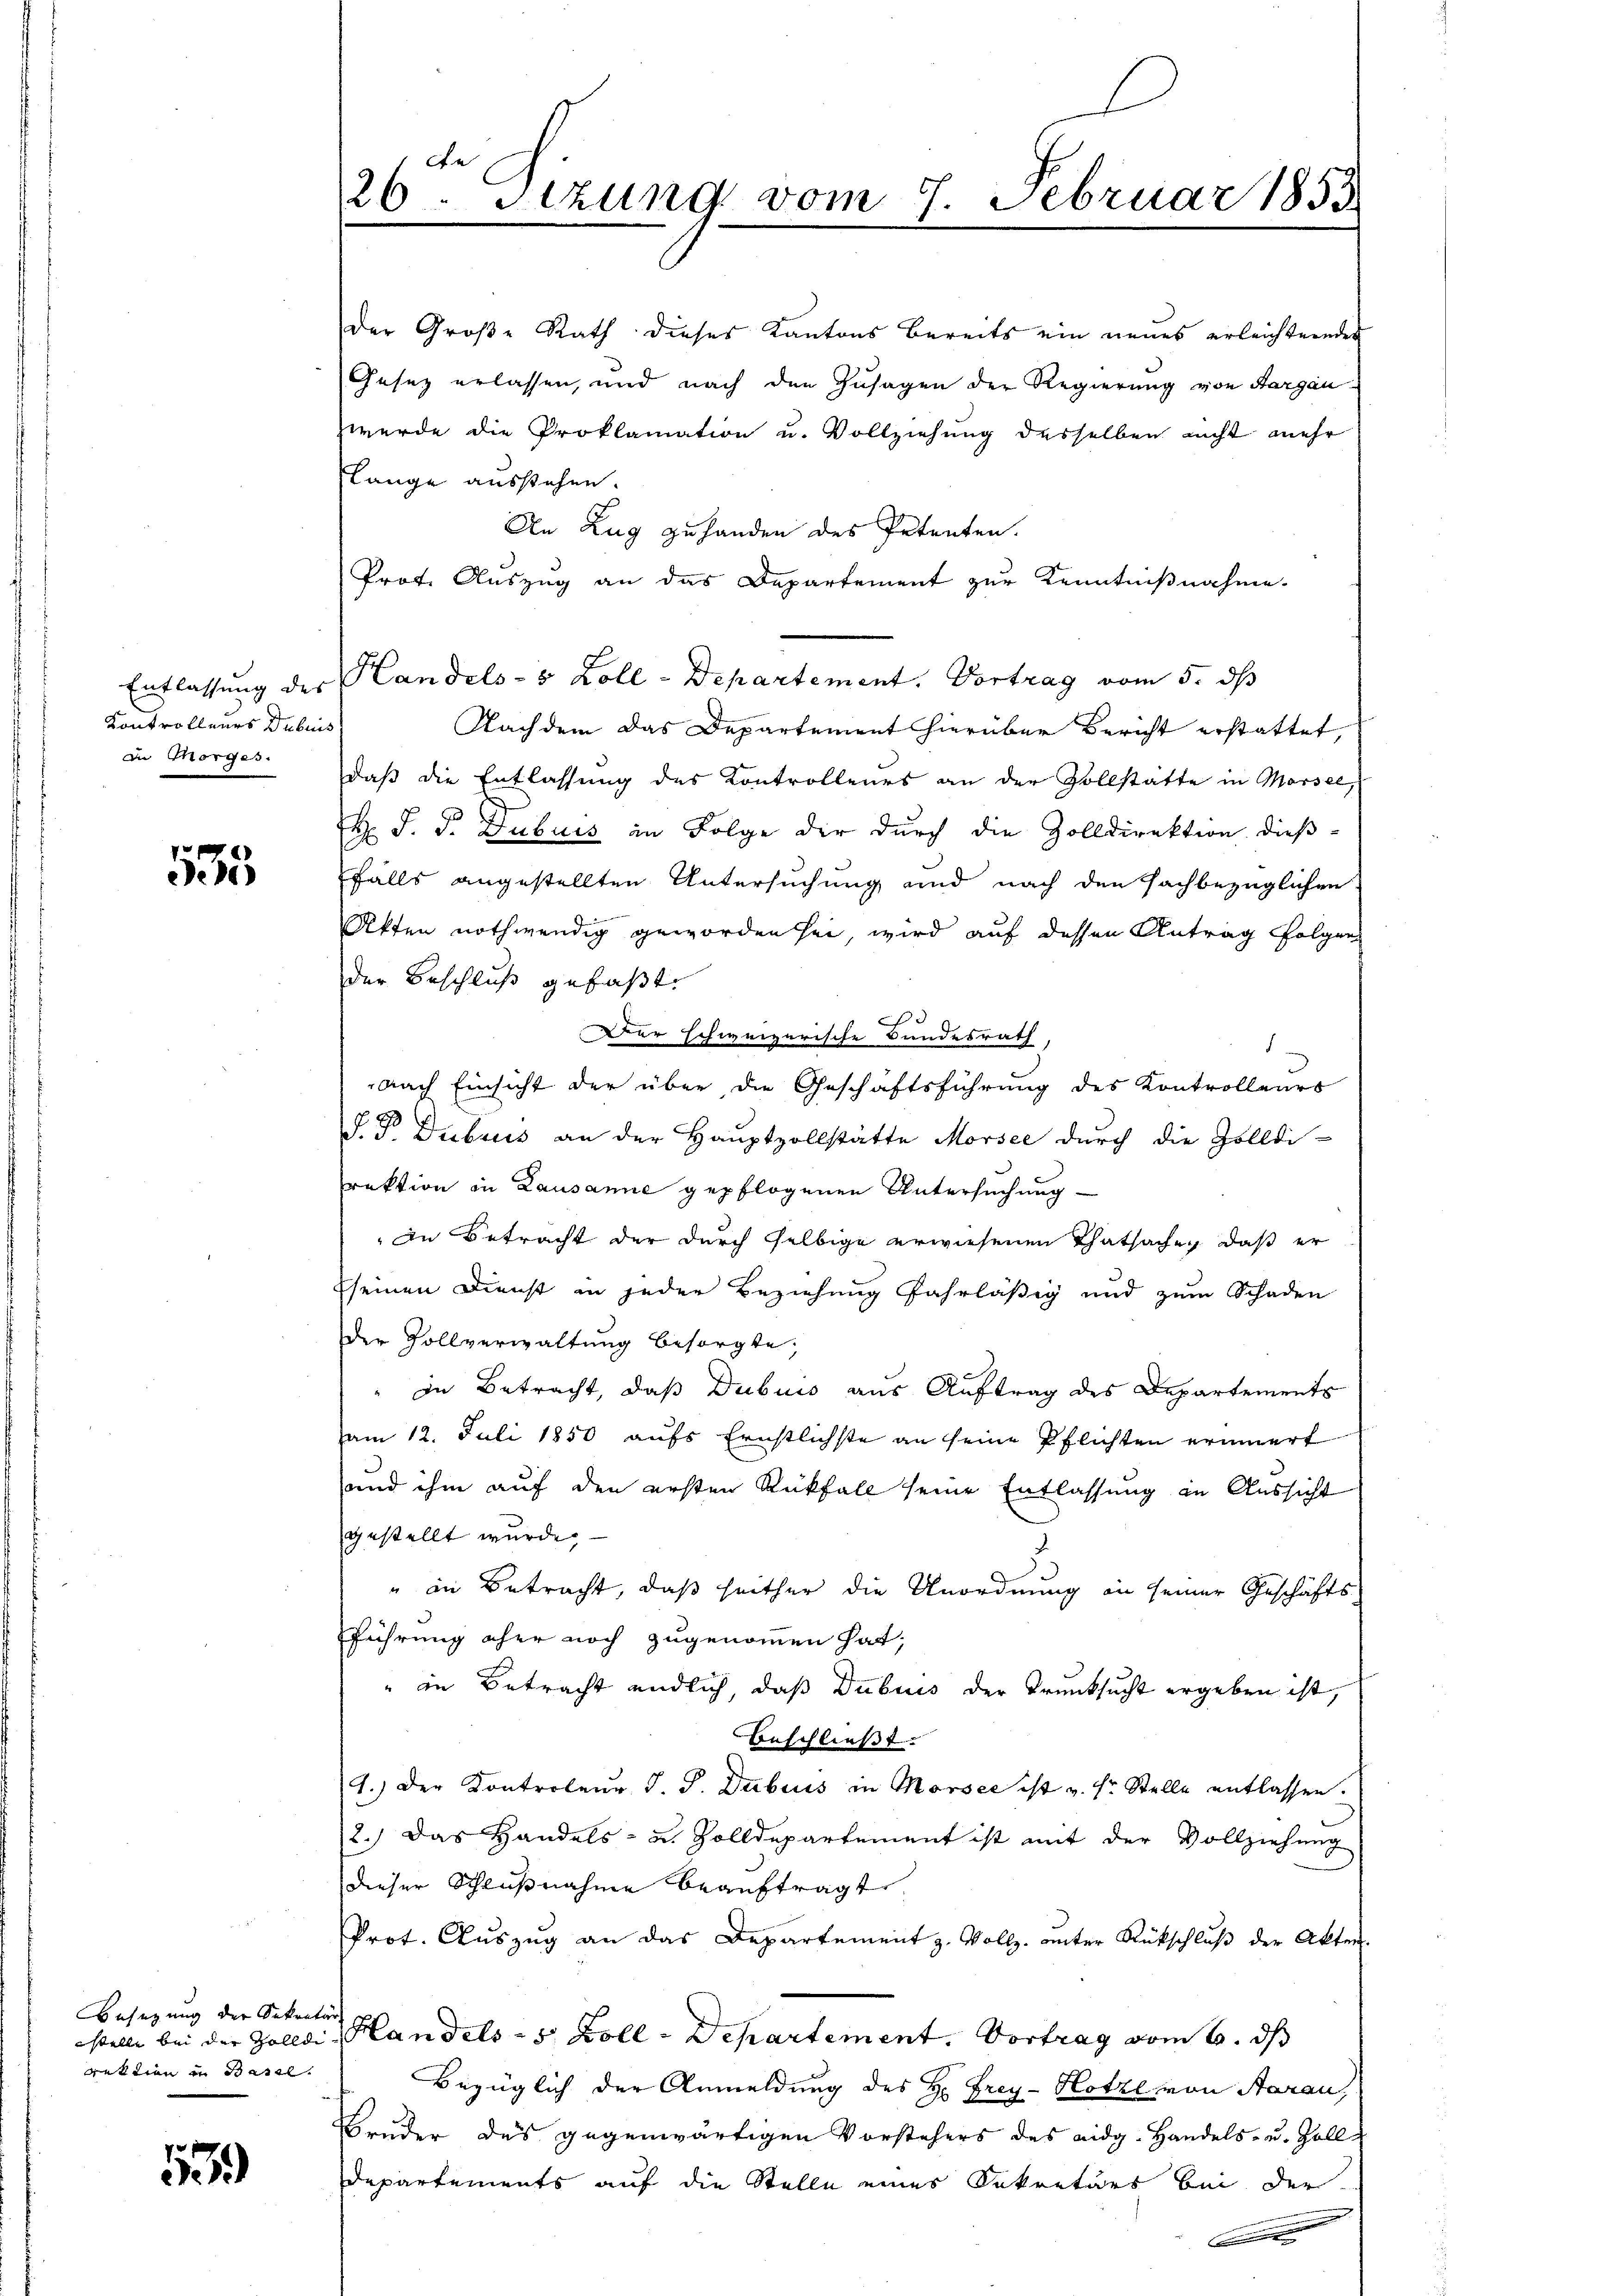
Kontrolleurs Dubuis
in Morges.

535

Besetzung der Sekretär
rektion in Basel.

1

der Große Rath dieses Kantons bereits ein neues erleichternder
Gesez erlassen, und nach den Zusagen der Regierung von Aargau
werde die Proklamation u. Vollziehung desselben nicht mehr
slange ausstehen.
An Zug zu handen des Petenten.
Prof. Auszug an das Departement zur Kenntnißnahme.
Entlassung des Handels- & Zoll-Departement. Vortrag vom 5. ds
Nachdem das Departement hierüber Bericht erstattet,
daß die Entlassung des Kontrolleurs an der Vollstätte in Marsee,
H J. J. Dubuis in Folge der durch die Zolldirektion dießfalls angestellten Untersuchung und nach den sachbezüglichen
Akten nothwendig geworden sei, wird auf dessen Antrag folgen
der Beschluß gefaßt.
d
er schweizerische Bundesrath,
nach Einsicht der über die Geschäftsführung des Kontrolleurs
F. P. Dubris an der Hauptvollstätte Morsee durch die Zolldi-
rektion in Lausanne gepflogenen Untersuchung
In Betracht der durch selbige erwiesenen Thatsachen, daß er
seinen Dienst in jeder Beziehung fahrläßig und zum Schaden
der Sollverwaltung besorgte;
" In Betracht, daß Dubuis aus Auftrag des Departements
am 12. Juli 1850 aufs Ernstlichste an seine Pflichten erinnert
sund ihm auf den ersten Rückfall seine Entlassung in Aussicht
gestellt wurde,
" in Betracht, daß seither die Unordnung in seiner Geschäfts-
führung eher noch zugenommen hat,
" in Betracht endlich, daß Dubuis der Trunksucht ergeben ist,
Beschließt:
1.) Der Kontroleur J. J. Dubiis in Morsee ist v. fr. Stelle entlassen.
2.) Das Handels- u. Zolldepartement ist mit der Vollziehung
dieser Schlußnahme beauftragt
Prot. Auszug an das Departement z. Vollz. unter Rückschluß der Akten.
stelle bei der Zolldi Handels- 5 Zoll-Departement. Vortrag vom 6. ds
Bezüglich der Anmeldung des H. Frey-Hotzl von Aarau,
Bruder das gegenwärtigen Vorstehers des eidg. Handels- u. Zoll-
Departements auf die Stelle eines Sekretärs bei der

e
26 Stzung vom 7. Februar 1855